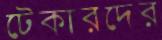
টেকারদের